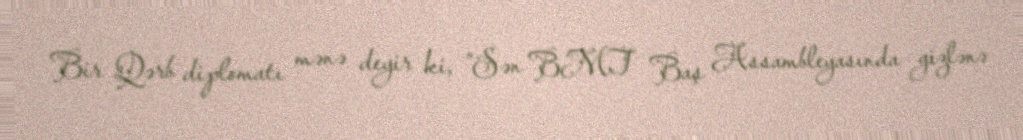
Bir Qərb diplomatı mənə deyir ki, ”Sən BMT Baş Assambleyasında gizlənə